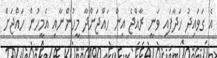
އެ ގަވައިދު ހަދާފައި ވަނީ ރާއްޖެ އިން ހައްޖަށްދާ މީހުންނާއި އެމީހުން ހައްޖަށް